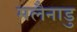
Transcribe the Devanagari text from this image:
मलैनाडु